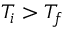
T _ { i } > T _ { f }